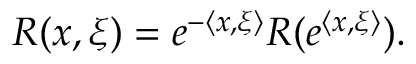
R ( x , \xi ) = e ^ { - { \langle x , \xi \rangle } } R ( e ^ { \langle x , \xi \rangle } ) .